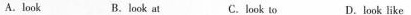
A.look B.Look at C. look to D.Look like